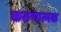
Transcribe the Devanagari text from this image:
करुणात्मक